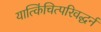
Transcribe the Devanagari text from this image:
यात्किंचित्परिवद्धर्न